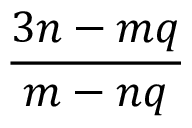
\frac { 3 n - m q } { m - n q }